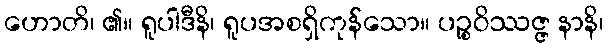
ဟောတိ၊ ၏။ ရူပါဒီနိ၊ ရူပအစရှိကုန်သော။ ပဉ္စဝိဿဇ္ဇ နာနိ၊